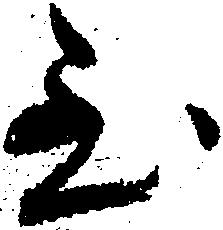
至